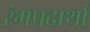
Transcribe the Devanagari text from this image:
रंगपदार्थां